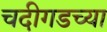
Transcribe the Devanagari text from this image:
चदीगडच्या